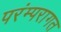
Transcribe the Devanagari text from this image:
परंम्परागत